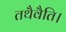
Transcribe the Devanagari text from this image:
तथैवैति।